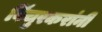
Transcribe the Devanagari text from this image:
विंचुरकरांनी